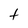
Character: t